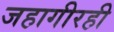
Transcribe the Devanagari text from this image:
जहागीरही